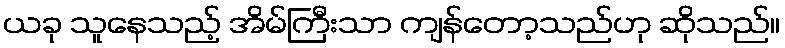
ယခု သူနေသည့် အိမ်ကြီးသာ ကျန်တော့သည်ဟု ဆိုသည်။